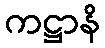
ကဋ္ဌာနိ